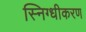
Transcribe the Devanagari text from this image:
स्निग्धीकरण